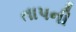
તાપની